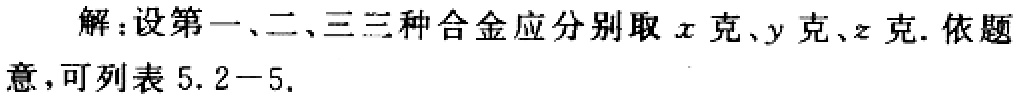
解：设第一、二、三三种合金应分别取\(x\)克、\(y\)克、\(z\)克. 依题意，可列表 \(5.2 - 5\).